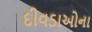
દીવડાઓના